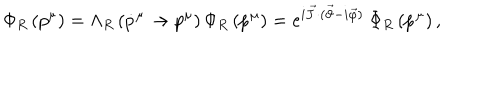
LaTeX: \Phi _ { R } \left( p ^ { \mu } \right) = \Lambda _ { R } \left( \dot { p } ^ { \mu } \to p ^ { \mu } \right) \Phi _ { R } \left( \dot { p } ^ { \mu } \right) = e ^ { i \vec { J } \cdot ( \vec { \vartheta } - i \vec { \varphi } ) } ~ \Phi _ { R } \left( \dot { p } ^ { \mu } \right) ,